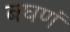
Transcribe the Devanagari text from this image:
बघणं